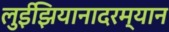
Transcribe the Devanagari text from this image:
लुईझियानादरम्यान